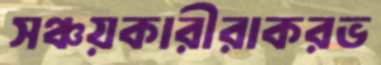
সঞ্চয়কারীরাকরভ